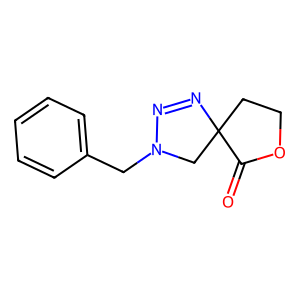
SMILES: O=C1OCCC12CN(Cc1ccccc1)N=N2
Inhibits HIV replication: No